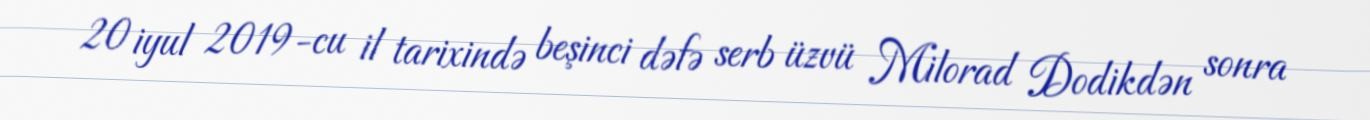
20 iyul 2019-cu il tarixində beşinci dəfə serb üzvü Milorad Dodikdən sonra